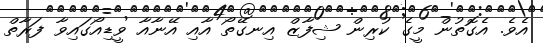
އެވެ. އެގޮތުން މީގެ ކުރިން ޝިފާޒް އިނގޭތޯ އާއި އޭނާއާ ވީޑިއޯގައިވާ ފަރާތް